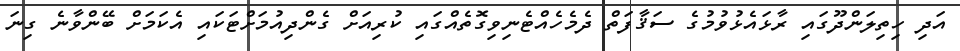
އަދި ހިތިލަންދޫގައި ރާޅައެޅުވުމުގެ ސަޤާފަތް ދެމެހެއްޓެނިވިގޮތެއްގައި ކުރިއަށް ގެންދިއުމަށްޓަކައި އެކަމަށް ބޭންވާނެ ގިނަ